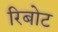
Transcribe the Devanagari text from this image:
रिबोट